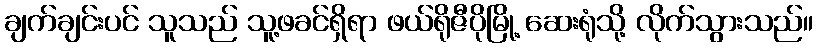
ချက်ချင်းပင် သူသည် သူ့ဖခင်ရှိရာ ဖယ်ရိုဇီပိုမြို့ ဆေးရုံသို့ လိုက်သွားသည်။